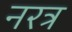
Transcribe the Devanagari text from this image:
नरत्र